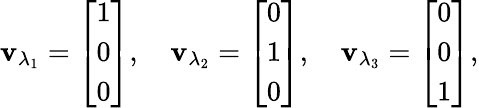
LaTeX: \mathbf{v}_{\lambda_{1}}={\left[\begin{array}{l}{1}\\ {0}\\ {0}\end{array}\right]},\quad\mathbf{v}_{\lambda_{2}}={\left[\begin{array}{l}{0}\\ {1}\\ {0}\end{array}\right]},\quad\mathbf{v}_{\lambda_{3}}={\left[\begin{array}{l}{0}\\ {0}\\ {1}\end{array}\right]},